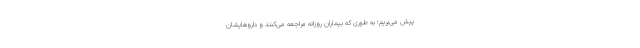
پیش می‌بریم؛ به طوری که بیماران روزانه مراجعه می‌کنند و داروهایشان